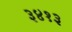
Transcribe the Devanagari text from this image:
३४१३